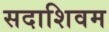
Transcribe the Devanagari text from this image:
सदाशिवम